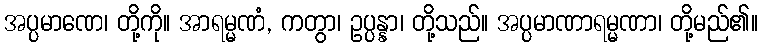
အပ္ပမာဏေ၊ တို့ကို။ အာရမ္မဏံ, ကတွာ၊ ဥပ္ပန္နာ၊ တို့သည်။ အပ္ပမာဏာရမ္မဏာ၊ တို့မည်၏။